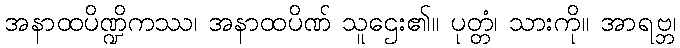
အနာထပိဏ္ဍိကဿ၊ အနာထပိဏ် သူဌေး၏။ ပုတ္တံ၊ သားကို။ အာရဗ္ဘ၊